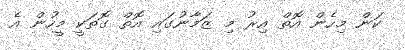
ކަން މިހެން އޮތް އިރު މި ޒަމާނުގައި އޮތް ގޮތަކީ މީހުން އެ